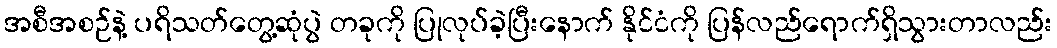
အစီအစဉ်နဲ့ ပရိသတ်တွေ့ဆုံပွဲ တခုကို ပြုလုပ်ခဲ့ပြီးနောက် နိုင်ငံကို ပြန်လည်ရောက်ရှိသွားတာလည်း